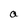
Character: a